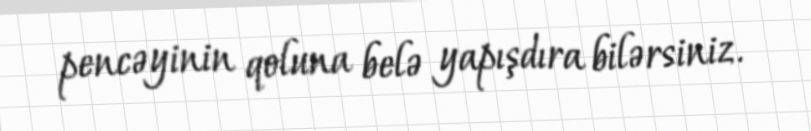
pencəyinin qoluna belə yapışdıra bilərsiniz.